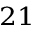
^ { 2 1 }